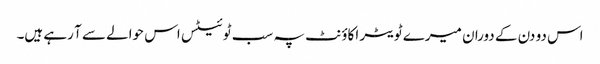
اس دو دن کے دوران میرے ٹویٹر اکاؤنٹ پہ سب ٹوئیٹس اس حوالے سے آ رہے ہیں۔